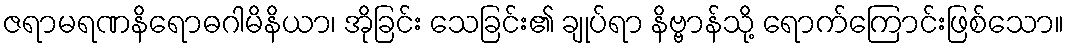
ဇရာမရဏနိရောဓဂါမိနိယာ၊ အိုခြင်း သေခြင်း၏ ချုပ်ရာ နိဗ္ဗာန်သို့ ရောက်ကြောင်းဖြစ်သော။